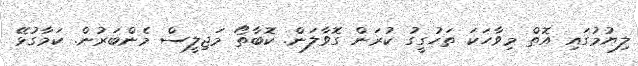
ލިޔުމުގައި އޮތް މިވާހަކަ ތަހުގީގު ކުރަން ގޮވާލަން. ކޮބާތޯ މަޖިލީސް މެންބަރުން. ކަމާގުޅޭ